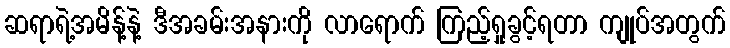
ဆရာရဲ့အမိန့်နဲ့ ဒီအခမ်းအနားကို လာရောက် ကြည့်ရှုခွင့်ရတာ ကျုပ်အတွက်